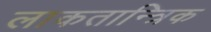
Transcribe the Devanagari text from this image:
लाकतान्त्रिक